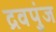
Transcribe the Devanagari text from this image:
द्रवपुंज